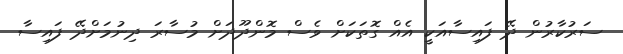
ސަރުކާރުން ދޭ ފައިސާއަކީ އެއް ގޮތަކަށް ވެސް މޮންދޫދަށް މުސާރަ ދިނުމަށްދޭ ފައިސާ